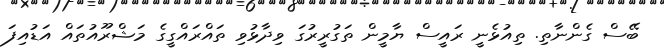
ބޭސް ގެންނާތި. ތިއުޅެނީ ރައީސް ޔާމީން ތަގުރީރުގަ ވިދާޅުވި ތައްރައްގީގެ މަޝްރޫއުތައް އަޑުއިފަ